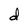
Character: d